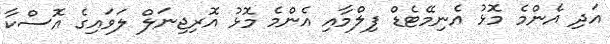
އަދި އެންމެ މޮޅު އެނިމޭޓެޑް ފިލްމާއި އެންމެ މޮޅު އޮރިޖިނަލް ލަވައިގެ އޮސްކާ